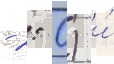
- 2: 0) и́